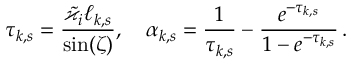
\tau _ { k , s } = \frac { \tilde { \varkappa } _ { i } \ell _ { k , s } } { \sin ( \zeta ) } , \quad \alpha _ { k , s } = \frac { 1 } { \tau _ { k , s } } - \frac { e ^ { - \tau _ { k , s } } } { 1 - e ^ { - \tau _ { k , s } } } \, .